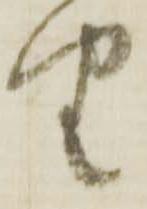
由